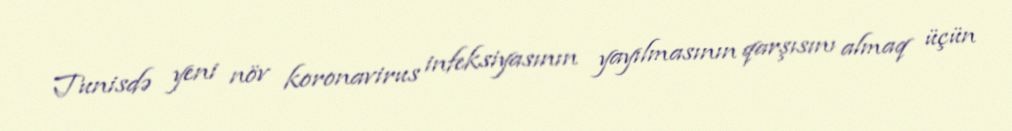
Tunisdə yeni növ koronavirus infeksiyasının yayılmasının qarşısını almaq üçün